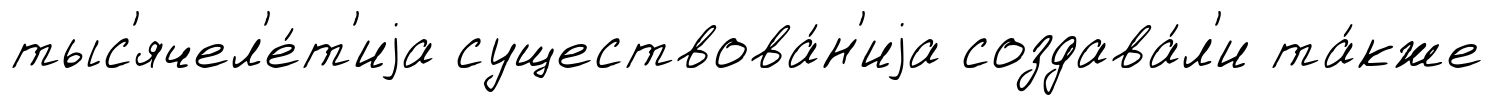
тыс'ячел'е́т'иjа существова́н'иjа создава́л'и та́кже